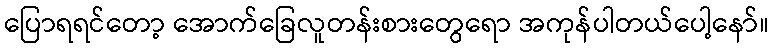
ပြောရရင်တော့ အောက်ခြေလူတန်းစားတွေရော အကုန်ပါတယ်ပေါ့နော်။